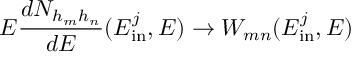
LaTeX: E \frac { d N _ { h _ { m } h _ { n } } } { d E } ( E _ { \mathrm { i n } } ^ { j } , E ) \rightarrow W _ { m n } ( E _ { \mathrm { i n } } ^ { j } , E )